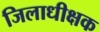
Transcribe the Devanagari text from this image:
जिलाधीक्षक